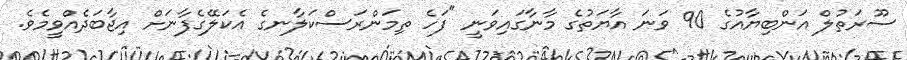
ސޫރަތުލް އަންބިޔާއުގެ 90 ވަނަ އާޔަތުގެ މާނާގައިވަނީ "ފަހެ ތިމަންރަސްކަލާނގެ އެކަލޭގެފާނަށް އިޖާބަދެއްވީމެވެ.